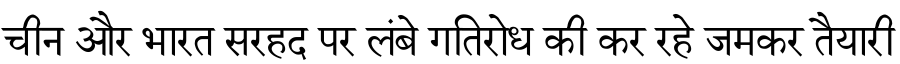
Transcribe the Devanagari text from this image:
चीन और भारत सरहद पर लंबे गतिरोध की कर रहे जमकर तैयारी